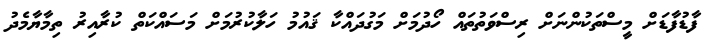
ފާޑުފާޑަށް މީސްތަކުންނަށް ރިސްވަތުތައް ހޯދުމަށް މަގުދައްކާ ޤައުމު ހަލާކުރުމަށް މަސައްކަތް ކުރާއިރު ތިމާޔާމެދު